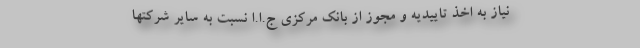
نیاز به اخذ تاییدیه و مجوز از بانک مرکزی ج.ا.ا نسبت به سایر شرکتها